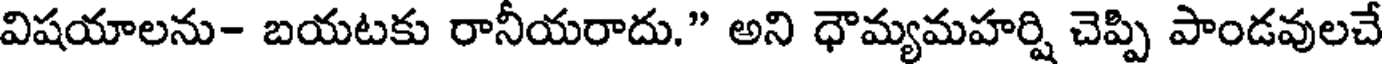
విషయాలను- బయటకు రానీయరాదు." అని ధౌమ్యమహర్షి చెప్పి పాండవులచే